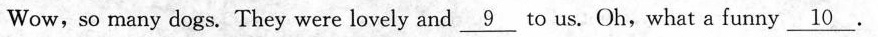
Wow,so many dogs. They were lovely and \underline{9}to us. Oh,what a funny \underline{10}.